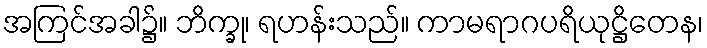
အကြင်အခါ၌။ ဘိက္ခု၊ ရဟန်းသည်။ ကာမရာဂပရိယုဋ္ဌိတေန၊